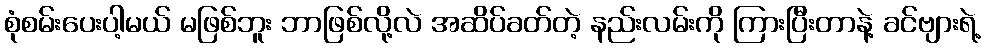
စုံစမ်းပေးပါ့မယ် မဖြစ်ဘူး ဘာဖြစ်လို့လဲ အဆိပ်ခတ်တဲ့ နည်းလမ်းကို ကြားပြီးတာနဲ့ ခင်ဗျားရဲ့